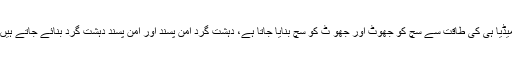
میڈیا ہی کی طاقت سے سچ کو جھوٹ اور جھو ٹ کو سچ بنایا جاتا ہے، دہشت گرد امن پسند اور امن پسند دہشت گرد بنائے جاتے ہیں۔